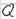
Text: Q